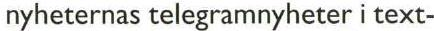
nyheternas telegramnyheter i text-